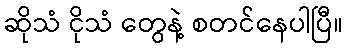
ဆိုသံ ငိုသံ တွေနဲ့ စတင်နေပါပြီ။